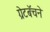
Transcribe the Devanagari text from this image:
ग्रेटबॅचने